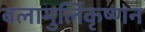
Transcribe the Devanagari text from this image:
बलामुर्लिकृष्णन